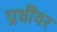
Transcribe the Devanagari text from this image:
प्रधींवर